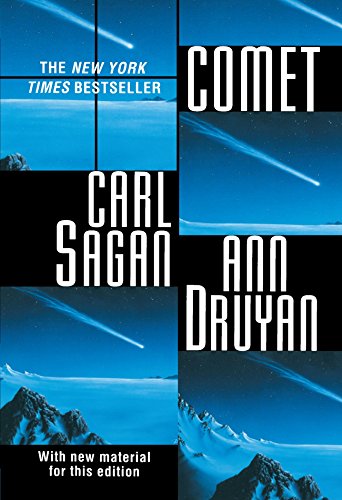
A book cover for Comet; Carl Sagan; Science & Math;